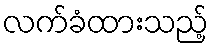
လက်ခံထားသည့်